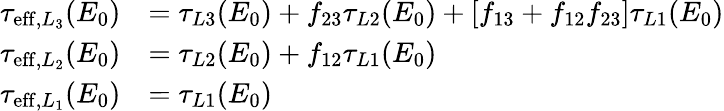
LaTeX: \begin{array}{rl}{\tau_{\mathrm{eff},L_{3}}(E_{0})}&{=\tau_{L3}(E_{0})+f_{23}\tau_{L2}(E_{0})+[f_{13}+f_{12}f_{23}]\tau_{L1}(E_{0})}\\ {\tau_{\mathrm{eff},L_{2}}(E_{0})}&{=\tau_{L2}(E_{0})+f_{12}\tau_{L1}(E_{0})}\\ {\tau_{\mathrm{eff},L_{1}}(E_{0})}&{=\tau_{L1}(E_{0})}\end{array}